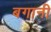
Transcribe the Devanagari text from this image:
बगानी